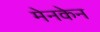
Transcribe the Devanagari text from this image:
मेनकेन